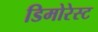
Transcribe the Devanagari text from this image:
डिमोरेस्ट